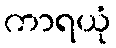
ကာရယုံ